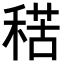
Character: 𥟾